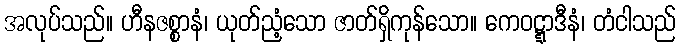
အလုပ်သည်။ ဟီနဇစ္စာနံ၊ ယုတ်ညံ့သော ဇာတ်ရှိကုန်သော။ ကေဝဋ္ဋာဒီနံ၊ တံငါသည်